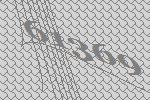
61369